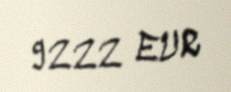
9222 EUR